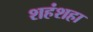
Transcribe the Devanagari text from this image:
शहंशहा